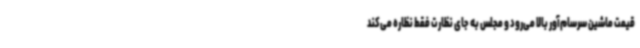
قیمت ماشین سرسام‌آور بالا می‌رود و مجلس به جای نظارت فقط نظاره می‌کند